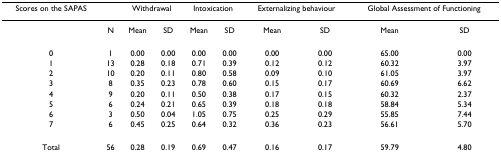
<table><thead><tr><td><b>Scores on the SAPAS</b></td><td></td><td colspan="2"><b>Withdrawal</b></td><td colspan="2"><b>Intoxication</b></td><td colspan="2"><b>Externalizing behaviour</b></td><td colspan="2"><b>Global Assessment of Functioning</b></td></tr></thead><tbody><tr><td></td><td>N</td><td>Mean</td><td>SD</td><td>Mean</td><td>SD</td><td>Mean</td><td>SD</td><td>Mean</td><td>SD</td></tr><tr><td>0</td><td>1</td><td>0.00</td><td>0.00</td><td>0.00</td><td>0.00</td><td>0.00</td><td>0.00</td><td>65.00</td><td>0.00</td></tr><tr><td>1</td><td>13</td><td>0.28</td><td>0.18</td><td>0.71</td><td>0.39</td><td>0.12</td><td>0.12</td><td>60.32</td><td>3.97</td></tr><tr><td>2</td><td>10</td><td>0.20</td><td>0.11</td><td>0.80</td><td>0.58</td><td>0.09</td><td>0.10</td><td>61.05</td><td>3.97</td></tr><tr><td>3</td><td>8</td><td>0.35</td><td>0.23</td><td>0.78</td><td>0.60</td><td>0.15</td><td>0.17</td><td>60.69</td><td>6.62</td></tr><tr><td>4</td><td>9</td><td>0.20</td><td>0.11</td><td>0.50</td><td>0.38</td><td>0.17</td><td>0.15</td><td>60.32</td><td>2.37</td></tr><tr><td>5</td><td>6</td><td>0.24</td><td>0.21</td><td>0.65</td><td>0.39</td><td>0.18</td><td>0.18</td><td>58.84</td><td>5.34</td></tr><tr><td>6</td><td>3</td><td>0.50</td><td>0.04</td><td>1.05</td><td>0.75</td><td>0.25</td><td>0.29</td><td>55.85</td><td>7.44</td></tr><tr><td>7</td><td>6</td><td>0.45</td><td>0.25</td><td>0.64</td><td>0.32</td><td>0.36</td><td>0.23</td><td>56.61</td><td>5.70</td></tr><tr><td>Total</td><td>56</td><td>0.28</td><td>0.19</td><td>0.69</td><td>0.47</td><td>0.16</td><td>0.17</td><td>59.79</td><td>4.80</td></tr></tbody></table>